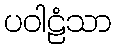
ပဝါဠံသာ